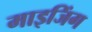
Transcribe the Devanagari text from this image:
माइजिंग